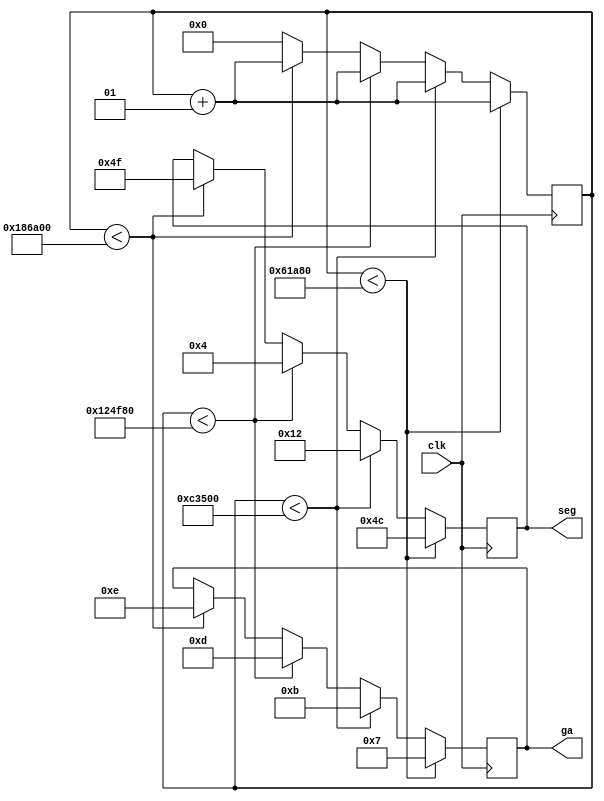
`timescale 1ns / 1ps
//////////////////////////////////////////////////////////////////////////////////
// Company: 
// Engineer: 
// 
// Design Name: 
// Module Name:    scanDisplayLCD 
// Project Name: 
// Target Devices: 
// Tool versions: 
// Description: 
//
// Dependencies: 
//
// Revision: 
// Revision 0.01 - File Created
// Additional Comments: 
//
//////////////////////////////////////////////////////////////////////////////////
module scanDisplayLCD(input clk,output reg[6:0] seg,output reg[3:0] ga);
	integer counter=0;
	always@(posedge clk)
	begin
		counter<=counter+1;
		if(counter<400000)
		begin
			ga<=4'b0111;
			seg<=7'b100_1100;
		end
		else if(counter<800000)
		begin
			ga<=4'b1011;
			seg<=7'b001_0010;
		end
		else if(counter<1200000)
		begin
			ga<=4'b1101;
			seg<=7'b000_0100;
		end
		else if(counter<1600000)
		begin
			ga<=4'b1110;
			seg<=7'b100_1111;
		end
		else
			counter<=0;
	end
endmodule